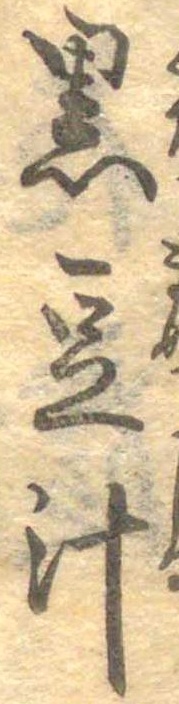
黒豆汁